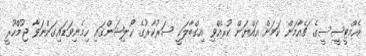
އެމްޓީސީސީގެ ޗެއާމަން ކަމަށް އައްޔަން ކުރެއްވި އިގްބާލަކީ ސަރުކާރުގެ ކޯލިޝަންގައި ހިމެނިވަޑައިގަންނަވާ ޖުމްހޫރީ